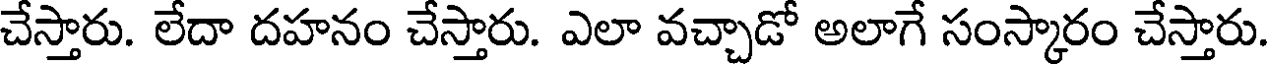
చేస్తారు. లేదా దహనం చేస్తారు. ఎలా వచ్చాడో అలాగే సంస్కారం చేస్తారు.